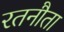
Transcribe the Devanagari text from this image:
रतनौता